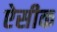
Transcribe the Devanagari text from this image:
ऐसीक